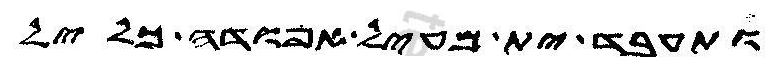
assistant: ותעבד ית מעיל אפודה כליל